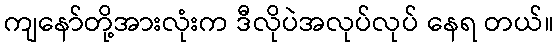
ကျနော်တို့အားလုံးက ဒီလိုပဲအလုပ်လုပ် နေရ တယ်။